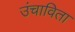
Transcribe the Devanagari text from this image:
उंचाविता